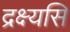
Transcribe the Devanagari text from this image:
द्रक्ष्यसि